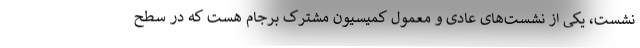
نشست، یکی از نشست‌های عادی و معمول کمیسیون مشترک برجام هست که در سطح